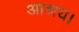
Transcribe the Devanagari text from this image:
आश्रय।